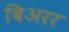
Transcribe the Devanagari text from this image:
बिअरर